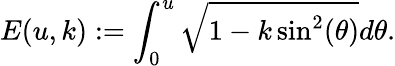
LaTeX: E(u,k):=\int_{0}^{u}\sqrt{1-k\sin^{2}(\theta)}d\theta.